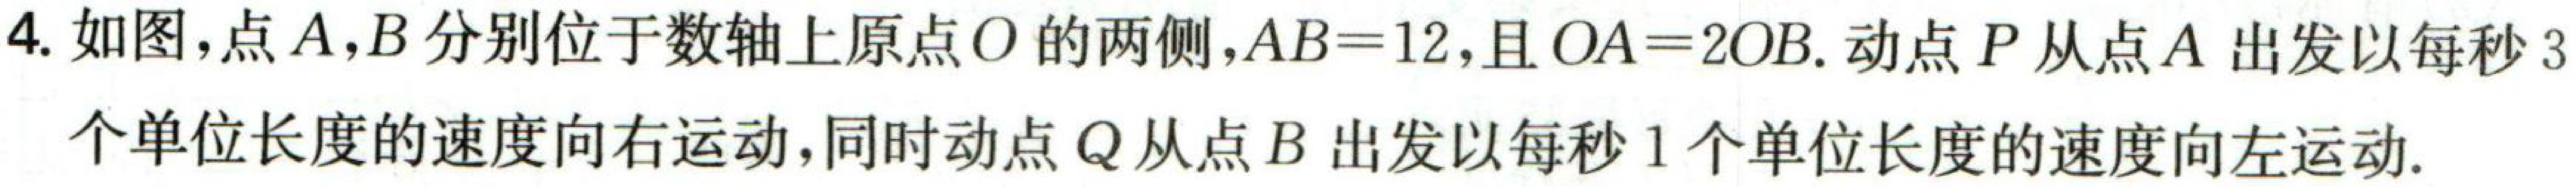
4. 如图，点\(A,B\)分别位于数轴上原点\(O\)的两侧，\(AB = 12\)，且\(OA = 2OB\). 动点\(P\)从点\(A\)出发以每秒\(3\)
个单位长度的速度向右运动，同时动点\(Q\)从点\(B\)出发以每秒\(1\)个单位长度的速度向左运动.